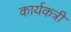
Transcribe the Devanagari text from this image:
कार्यकत्री